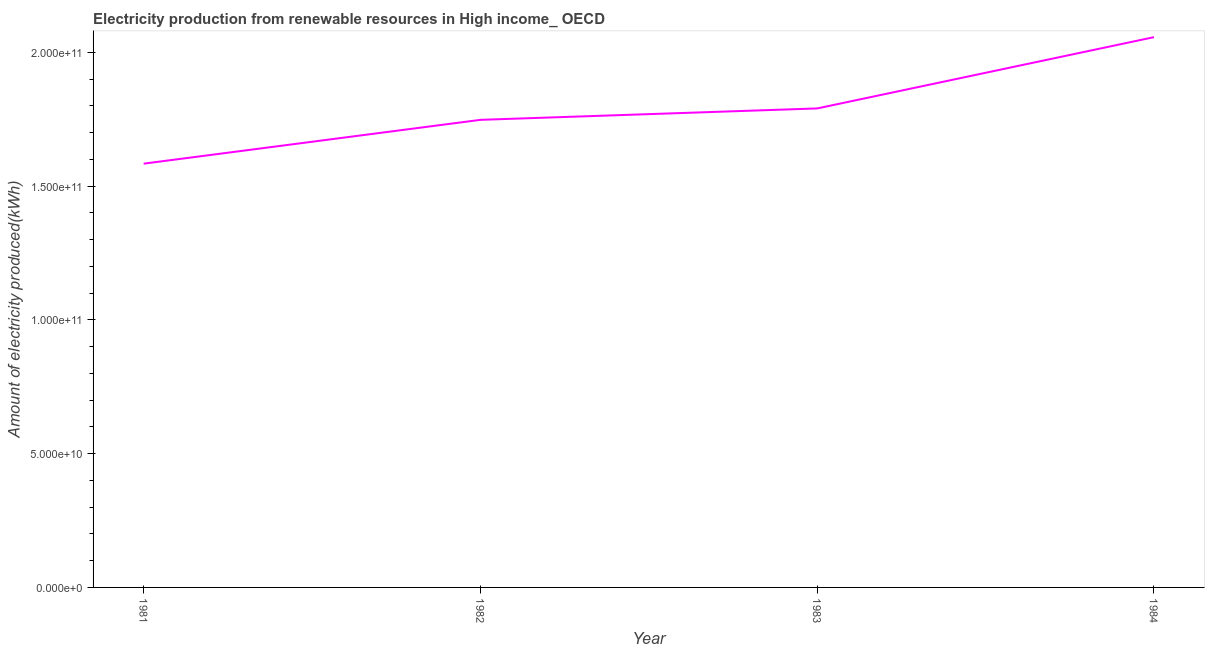
| Year | Electricity production from renewable sources |
 | --- | --- |
 | 1981 | 1.58e+11 |
 | 1982 | 1.75e+11 |
 | 1983 | 1.79e+11 |
 | 1984 | 2.06e+11 |